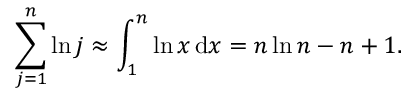
\sum _ { j = 1 } ^ { n } \ln j \approx \int _ { 1 } ^ { n } \ln x \, \mathrm { { d } } x = n \ln n - n + 1 .